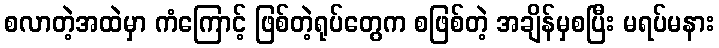
စလာတဲ့အထဲမှာ ကံကြောင့် ဖြစ်တဲ့ရုပ်တွေက စဖြစ်တဲ့ အချိန်မှစပြီး မရပ်မနား